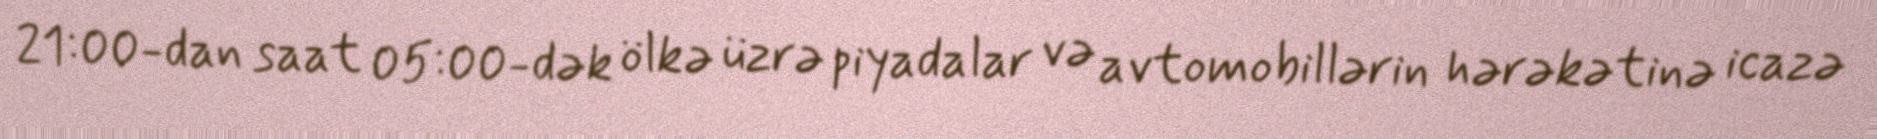
21:00-dan saat 05:00-dək ölkə üzrə piyadalar və avtomobillərin hərəkətinə icazə